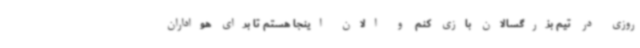
روزی در تیم بزرگسالان بازی کنم و الان اینجا هستم تا برای هواداران